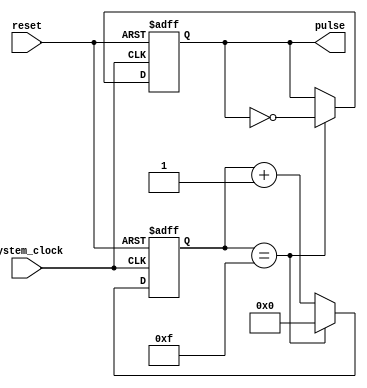
module async_pulse_generator(
    input wire system_clock,
    input wire reset,
    output reg pulse
);

reg [3:0] counter;
reg pulse_reg;

always @(posedge system_clock or posedge reset) begin
    if (reset) begin
        counter <= 4'b0000;
        pulse_reg <= 1'b0;
    end 
    else begin
        if (counter == 4'b1111) begin
            counter <= 4'b0000;
            pulse_reg <= ~pulse_reg;
        end 
        else begin
            counter <= counter + 1;
        end
    end
end

assign pulse = pulse_reg;

endmodule